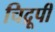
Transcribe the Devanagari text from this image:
चिद्रूपी